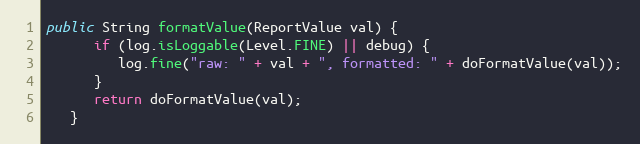
Language: Java
public String formatValue(ReportValue val) {
      if (log.isLoggable(Level.FINE) || debug) {
         log.fine("raw: " + val + ", formatted: " + doFormatValue(val));
      }
      return doFormatValue(val);
   }